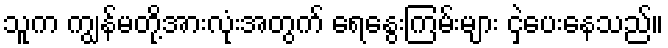
သူက ကျွန်မတို့အားလုံးအတွက် ရေနွေးကြမ်းများ ငှဲ့ပေးနေသည်။